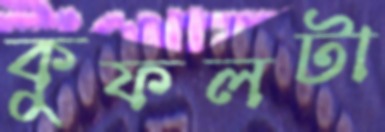
কুফলটা